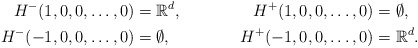
\begin{align*}H^-(1,0,0, \dots, 0) &= \mathbb{R}^d, & H^+(1,0,0, \dots, 0) &= \emptyset,\\H^-(-1,0,0, \dots, 0)&=\emptyset, & H^+(-1,0,0, \dots, 0) &=\mathbb{R}^d.\end{align*}